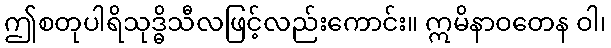
ဤစတုပါရိသုဒ္ဓိသီလဖြင့်လည်းကောင်း။ ဣမိနာဝတေန ဝါ၊